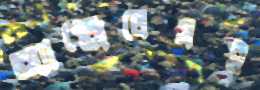
অ্যাঞ্জেলেসই